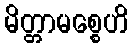
မိတ္တာမစ္စေဟိ